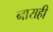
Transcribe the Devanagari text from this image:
नाराही